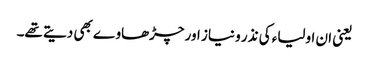
یعنی ان اولیاء کی نذر و نیاز اور چڑھاوے بھی دیتے تھے۔